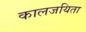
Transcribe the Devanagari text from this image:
कालजयिता